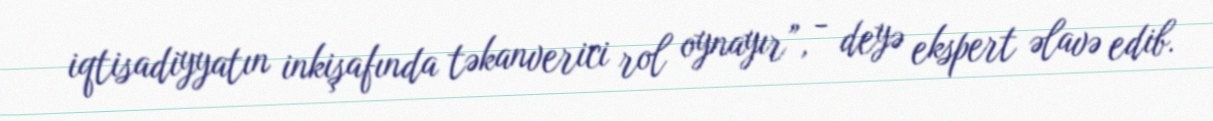
iqtisadiyyatın inkişafında təkanverici rol oynayır”, - deyə ekspert əlavə edib.